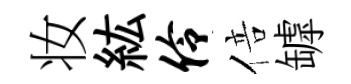
妆紘伶倍罅